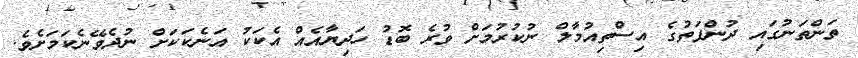
ތަންތަނުގައި ދުންފަތުގެ އިސްތިއުމާލް ނުކުރުމަށް ވުރެ ބޮޑު ހަދިޔާއެއް އެކަކު އަނެކަކަށް ނުދެވޭނެކަމަށެވެ.